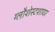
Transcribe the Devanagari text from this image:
ग्लौशेस्टशायर